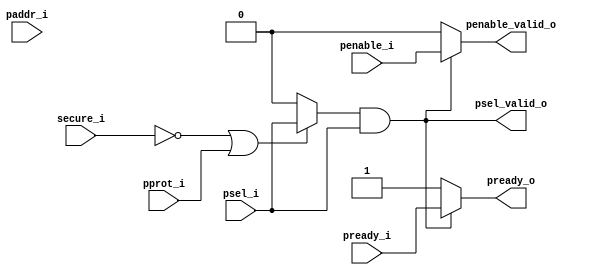
// -----------------------------------------------------------------------------
// The confidential and proprietary information contained in this file may
// only be used by a person authorised under and to the extent permitted
// by a subsisting licensing agreement from ARM Limited or its affiliates.
//
//            (C) COPYRIGHT 2015,2017 ARM Limited or its affiliates.
//                ALL RIGHTS RESERVED
//
// This entire notice must be reproduced on all copies of this file
// and copies of this file may only be made by a person if such person is
// permitted to do so under the terms of a subsisting license agreement
// from ARM Limited or its affiliates.
//
//      SVN Information
//
//      Checked In          :  2015-10-13 14:03:28 +0100 (Tue, 13 Oct 2015)
//
//      Revision            :  1
//
//      Release Information : CM3DesignStart-r0p0-02rel0
//
// -----------------------------------------------------------------------------
// Verilog-2001 (IEEE Std 1364-2001)
// -----------------------------------------------------------------------------
// Purpose : example pheripherals subsystem APB decoder
//
// -----------------------------------------------------------------------------

module m3ds_apb_decoder #(
  parameter ADDR_WIDTH=12         //ADDR Width of the IP
//  parameter PAGE_ADDR_WIDTH=12    //ADDR Width of the page size (i.e. 16k -> 12bits)
)
(
  input  wire         psel_i,
  input  wire [31:0]  paddr_i,
  input  wire         penable_i,
  input  wire         pprot_i,
  input  wire         secure_i,
  input  wire         pready_i,

  output wire         psel_valid_o,     //decoded psel to slave
  output wire         penable_valid_o,  //decoded penable to slave
  output wire         pready_o
);

wire psel_secure_decoded;
wire [15:0] paddr_decoded;
wire psel_addr_decoded;
wire psel_valid_w;
wire penable_valid_w;
wire pready_w;
wire unused = (|paddr_i[31:12]);

assign psel_secure_decoded = (!secure_i || pprot_i)? psel_i : 1'b0;           //Secure match -> psel_i, 1'b0 else

assign paddr_decoded[15:12] = 4'b0000;
assign paddr_decoded[11:0] = paddr_i[11:0];

assign psel_addr_decoded = (paddr_decoded[15:ADDR_WIDTH] == {16-ADDR_WIDTH{1'b0}})? psel_i : 1'b0;

assign psel_valid_w = psel_secure_decoded && psel_addr_decoded; //Secure Match and Addr covered
assign penable_valid_w = (psel_valid_w)? penable_i : 1'b0;      //Valid access to covered ADDR
assign pready_w = (psel_valid_w)? pready_i : 1'b1;              //Valid acces -> from IP, default 1'b1 else

assign psel_valid_o = psel_valid_w;
assign penable_valid_o = penable_valid_w;
assign pready_o = pready_w;

endmodule